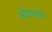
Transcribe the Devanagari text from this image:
ओढणारे